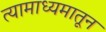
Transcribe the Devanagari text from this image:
त्यामाध्यमातून